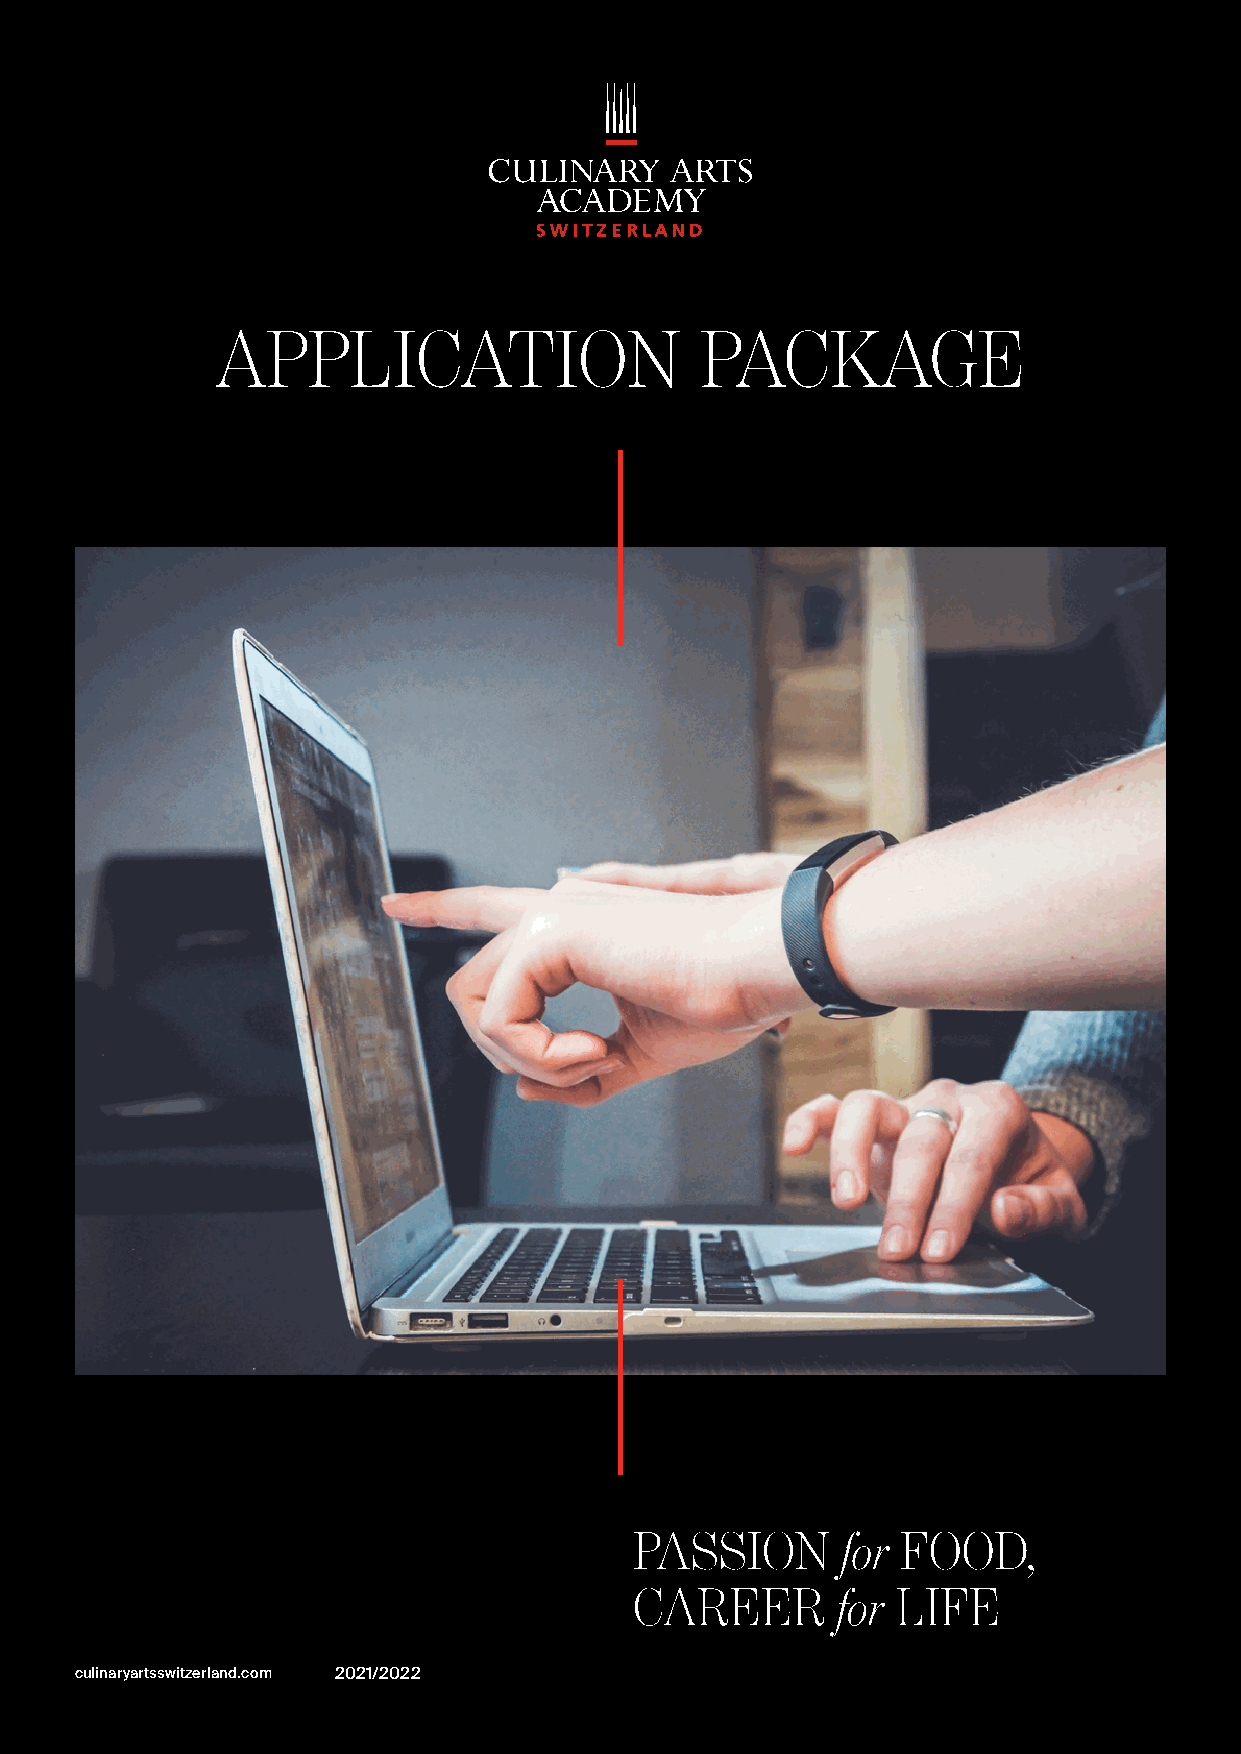
APPLICATION                     PACKAGE
 PASSION       for FOOD,
 CAREER       for LIFE
 culinaryartsswitzerland.com 2021/2022
 1